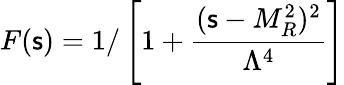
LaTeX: F(\mathsf{s})=1/\left[1+\frac{{(\mathsf{s}-M_{R}^{2})^{2}}}{{\Lambda^{4}}}\right]